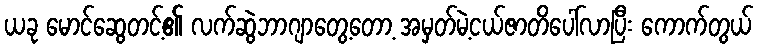
ယခု မောင်ဆွေတင့်၏ လက်ဆွဲဘာဂျာတွေ့တော့ အမှတ်မဲ့ငယ်ဇာတိပေါ်လာပြီး ကောက်တွယ်